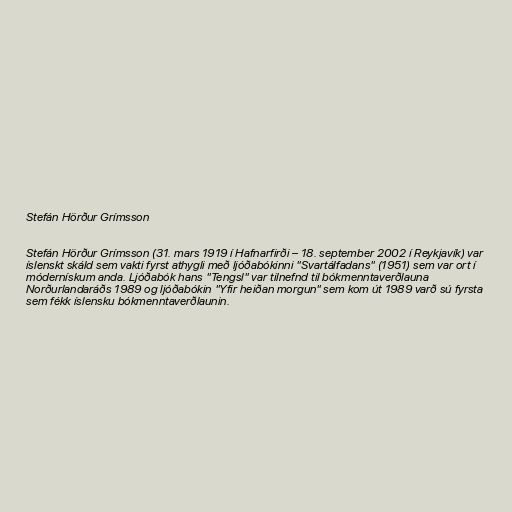
Stefán Hörður Grímsson

Stefán Hörður Grímsson (31. mars 1919 í Hafnarfirði – 18. september 2002 í Reykjavík) var
íslenskt skáld sem vakti fyrst athygli með ljóðabókinni "Svartálfadans" (1951) sem var ort í
módernískum anda. Ljóðabók hans "Tengsl" var tilnefnd til bókmenntaverðlauna
Norðurlandaráðs 1989 og ljóðabókin "Yfir heiðan morgun" sem kom út 1989 varð sú fyrsta
sem fékk íslensku bókmenntaverðlaunin.